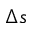
\Delta s